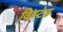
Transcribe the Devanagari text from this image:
विस्टेड